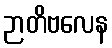
ဉာတိဗလေန